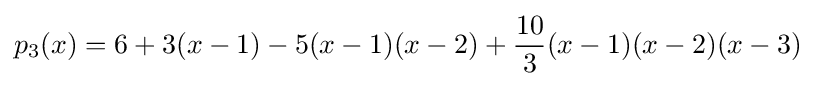
p_{3}(x)=6+3(x-1)-5(x-1)(x-2)+{\frac {10}{3}}(x-1)(x-2)(x-3)